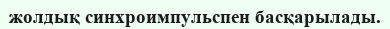
жолдық синхроимпульспен басқарылады.